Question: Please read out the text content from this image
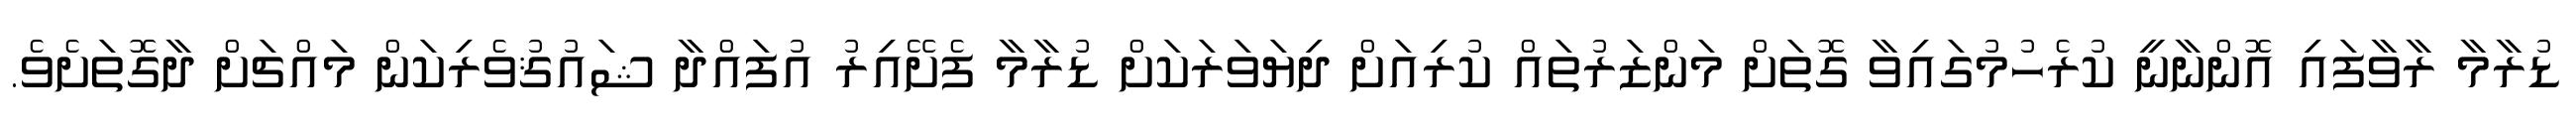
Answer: ޑުރާމާ ރާވާފައި އޮންނާނީ ކުރެހުމުގައިވާ ގޮތަށް މަންޒަރުތައް ކުރިއަށް ދިޔަވަރަކަށް ޑުރާމާ ފެށޭއިރު އުފައްދާ ޝައުޤުވެރިކަން މައްޗަށް ދާގޮތަށެވެ.